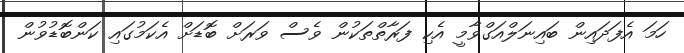
ހަމަ އެފަދައިން ބައިނަލްއަގްވާމީ އެކި ފަރާތްތަކުން ވެސް ވަރަށް ބޮޑަށް އެކަމުގައި ކަންބޮޑުވުން